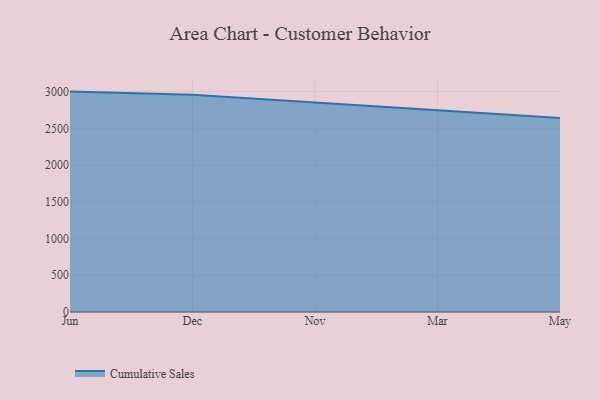
{"axis": {"x": "Month", "y": "Page Views"}, "legend": ["Cumulative Sales"], "data": [{"x": "Jun", "y": 2999.7, "type": "Cumulative Sales"}, {"x": "Dec", "y": 2958.2, "type": "Cumulative Sales"}, {"x": "Nov", "y": 2852.3, "type": "Cumulative Sales"}, {"x": "Mar", "y": 2743.0, "type": "Cumulative Sales"}, {"x": "May", "y": 2642.0, "type": "Cumulative Sales"}]}